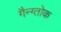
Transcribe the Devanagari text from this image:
गैन्ग्तोक